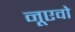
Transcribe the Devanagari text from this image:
नूएवो